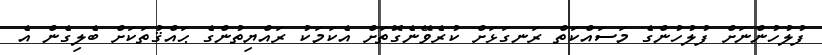
ފުލުހުންނަށް ފުލުހުންގެ މަސައްކަތް ރަނގަޅަށް ކުރެވޭނެގޮތަށް އެކަމަކު ރައްޔިތުންގެ ޙައްޤުތަކަށް ބެލިގެން އެ